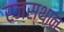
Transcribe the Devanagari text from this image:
रजस्थान